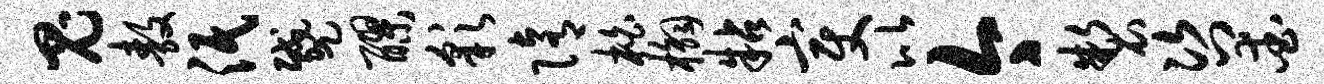
鬼敖泯蹙醪彩隋柏槲粘变比今制咨爱